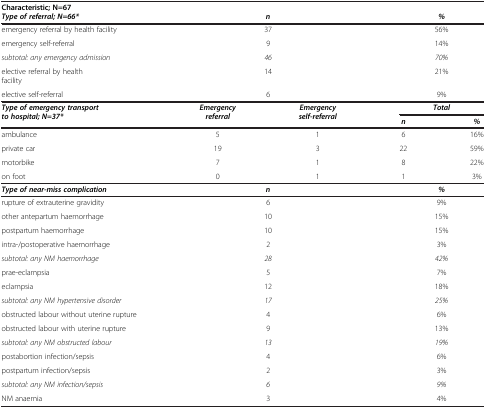
| Characteristic; N=67 | <COLSPAN=4>  |
 | Type of referral; N=66* | <COLSPAN=2> n | <COLSPAN=2> % |
 | --- | --- | --- | --- | --- |
 | emergency referral by health facility | <COLSPAN=2> 37 | <COLSPAN=2> 56% |
 | emergency self-referral | <COLSPAN=2> 9 | <COLSPAN=2> 14% |
 | subtotal: any emergency admission | <COLSPAN=2> 46 | <COLSPAN=2> 70% |
 | elective referral by health facility | <COLSPAN=2> 14 | <COLSPAN=2> 21% |
 | elective self-referral | <COLSPAN=2> 6 | <COLSPAN=2> 9% |
 | Type of emergency transport to hospital; N=37* | Emergency referral | Emergency self-referral | <COLSPAN=2> Total |
 |  |  |  | n | % |
 | ambulance | 5 | 1 | 6 | 16% |
 | private car | 19 | 3 | 22 | 59% |
 | motorbike | 7 | 1 | 8 | 22% |
 | on foot | 0 | 1 | 1 | 3% |
 | Type of near-miss complication | <COLSPAN=2> n | <COLSPAN=2> % |
 | rupture of extrauterine gravidity | <COLSPAN=2> 6 | <COLSPAN=2> 9% |
 | other antepartum haemorrhage | <COLSPAN=2> 10 | <COLSPAN=2> 15% |
 | postpartum haemorrhage | <COLSPAN=2> 10 | <COLSPAN=2> 15% |
 | intra-/postoperative haemorrhage | <COLSPAN=2> 2 | <COLSPAN=2> 3% |
 | subtotal: any NM haemorrhage | <COLSPAN=2> 28 | <COLSPAN=2> 42% |
 | prae-eclampsia | <COLSPAN=2> 5 | <COLSPAN=2> 7% |
 | eclampsia | <COLSPAN=2> 12 | <COLSPAN=2> 18% |
 | subtotal: any NM hypertensive disorder | <COLSPAN=2> 17 | <COLSPAN=2> 25% |
 | obstructed labour without uterine rupture | <COLSPAN=2> 4 | <COLSPAN=2> 6% |
 | obstructed labour with uterine rupture | <COLSPAN=2> 9 | <COLSPAN=2> 13% |
 | subtotal: any NM obstructed labour | <COLSPAN=2> 13 | <COLSPAN=2> 19% |
 | postabortion infection/sepsis | <COLSPAN=2> 4 | <COLSPAN=2> 6% |
 | postpartum infection/sepsis | <COLSPAN=2> 2 | <COLSPAN=2> 3% |
 | subtotal: any NM infection/sepsis | <COLSPAN=2> 6 | <COLSPAN=2> 9% |
 | NM anaemia | <COLSPAN=2> 3 | <COLSPAN=2> 4% |